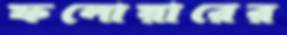
ফলোয়ারের